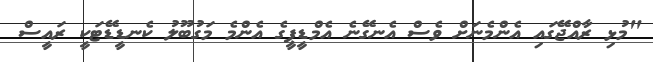
"މުޅި ރާއްޖޭގައި އެންމެނަށް ވެސް އެނގޭނެ އެމްޑީޕީގެ އެންމެ މަގުބޫލު ކެނޑީޑޭޓަކީ ރައީސް